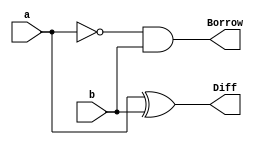
module half_subtractor(
  input a, b,
  output Diff, Borrow);
  assign Diff = a ^ b;
  assign Borrow = ~a & b;
endmodule

module full_subtractor(
  input a, b, Bin,
  output Diff, Bout);
  assign Diff = a ^ b ^ Bin;
  assign Bout = (~a & b) | (~(a ^ b) & Bin);
endmodule